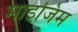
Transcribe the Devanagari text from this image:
माइजिम